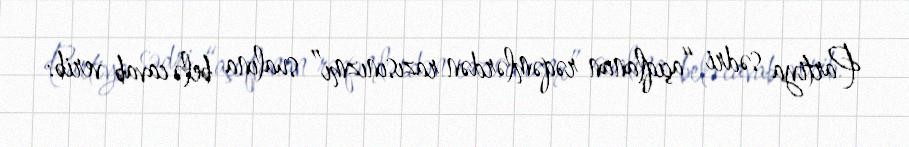
Partiya sədri “açıqlanan rəqəmlərdən razısınızmı” sualına belə cavab verib: